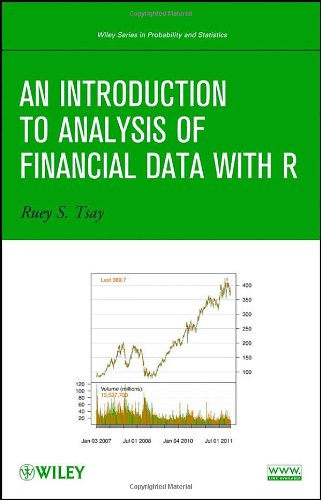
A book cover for An Introduction to Analysis of Financial Data with R; Ruey S. Tsay; Business & Money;